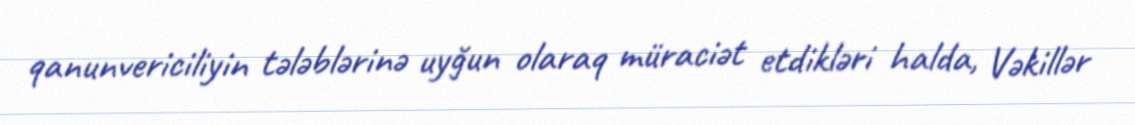
qanunvericiliyin tələblərinə uyğun olaraq müraciət etdikləri halda, Vəkillər